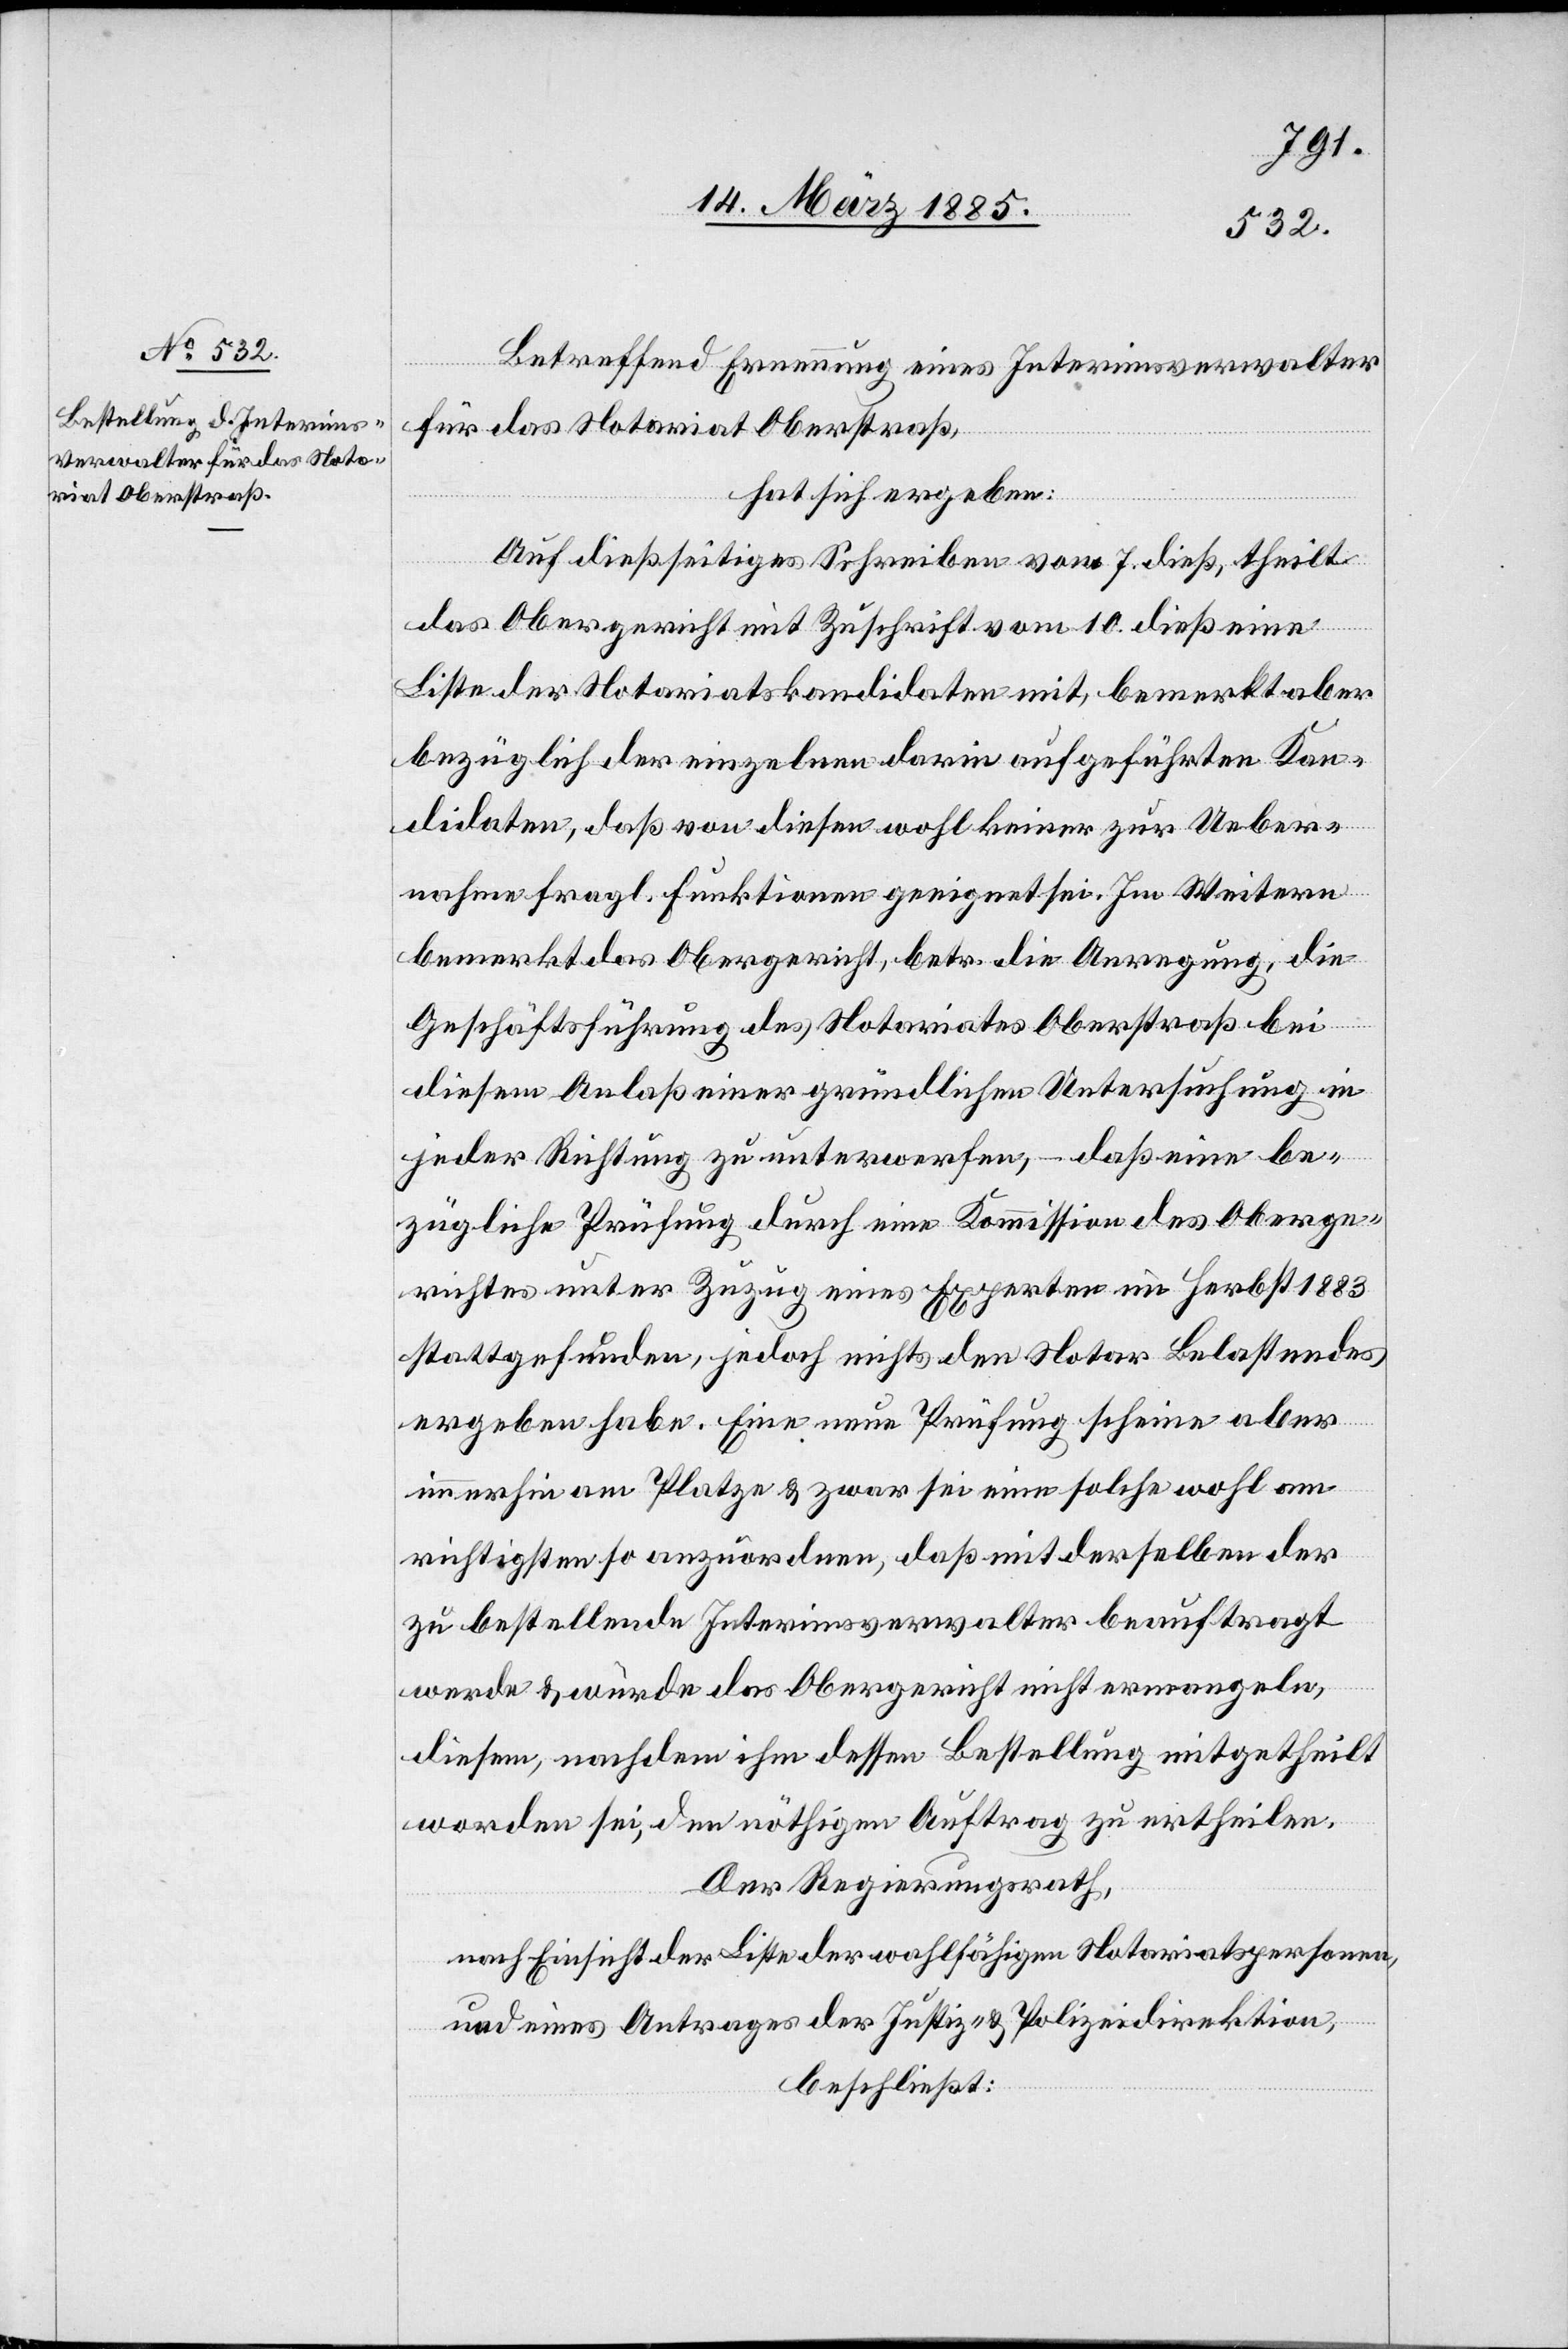
17. März 1885.]
Betreffend Ernennung eines Interimsverwalter
für das Notariat Oberstraß,
hat sich ergeben:
Auf dießseitiges Schreiben vom 7. dieß, theilt
das Obergericht mit Zuschrift vom 10. dieß eine
Liste der Notariatskandidaten mit, bemerkt aber
bezüglich der einzelnen darin aufgeführten Kan¬
didaten, daß von diesen wohl keiner zur Ueber¬
nahme fragl. Funktionen geeignet sei. Im Weitern
bemerkt das Obergericht, betr. die Anregung, die
Geschäftsführung des Notariates Oberstraß bei
diesem Anlaß einer gründlichen Untersuchung in
jeder Richtung zu unterwerfen, – daß eine be¬
zügliche Prüfung durch eine Kommission des Oberge¬
richtes unter Zuzug eines Experten im Herbst 1883
stattgefunden, jedoch nichts den Notar Belastendes
ergeben habe. Eine neue Prüfung scheine aber
immerhin am Platze & zwar sei eine solche wohl am
richtigsten so anzuordnen, daß mit derselben der
zu bestellende Interimsverwalter beauftragt
werde & würde das Obergericht nicht ermangeln,
diesem, nachdem ihm dessen Bestellung mitgetheilt
worden sei, den nöthigen Auftrag zu ertheilen.
Der Regierungsrath,
nach Einsicht der Liste der wohlfähigen Notariatspersonen,
und eines Antrages der Justiz- & Polizeidirektion,
beschließt: